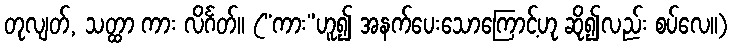
တုလျတ်, သတ္ထာ ကား လိင်္ဂတ်။ (“ကား”ဟူ၍ အနက်ပေးသောကြောင့်ဟု ဆို၍လည်း စပ်လေ။)